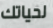
لحياتك